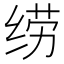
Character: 𱺣